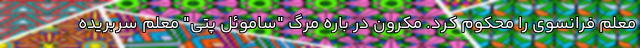
معلم فرانسوی را محکوم کرد. مکرون در باره مرگ "ساموئل پتی" معلم سربریده